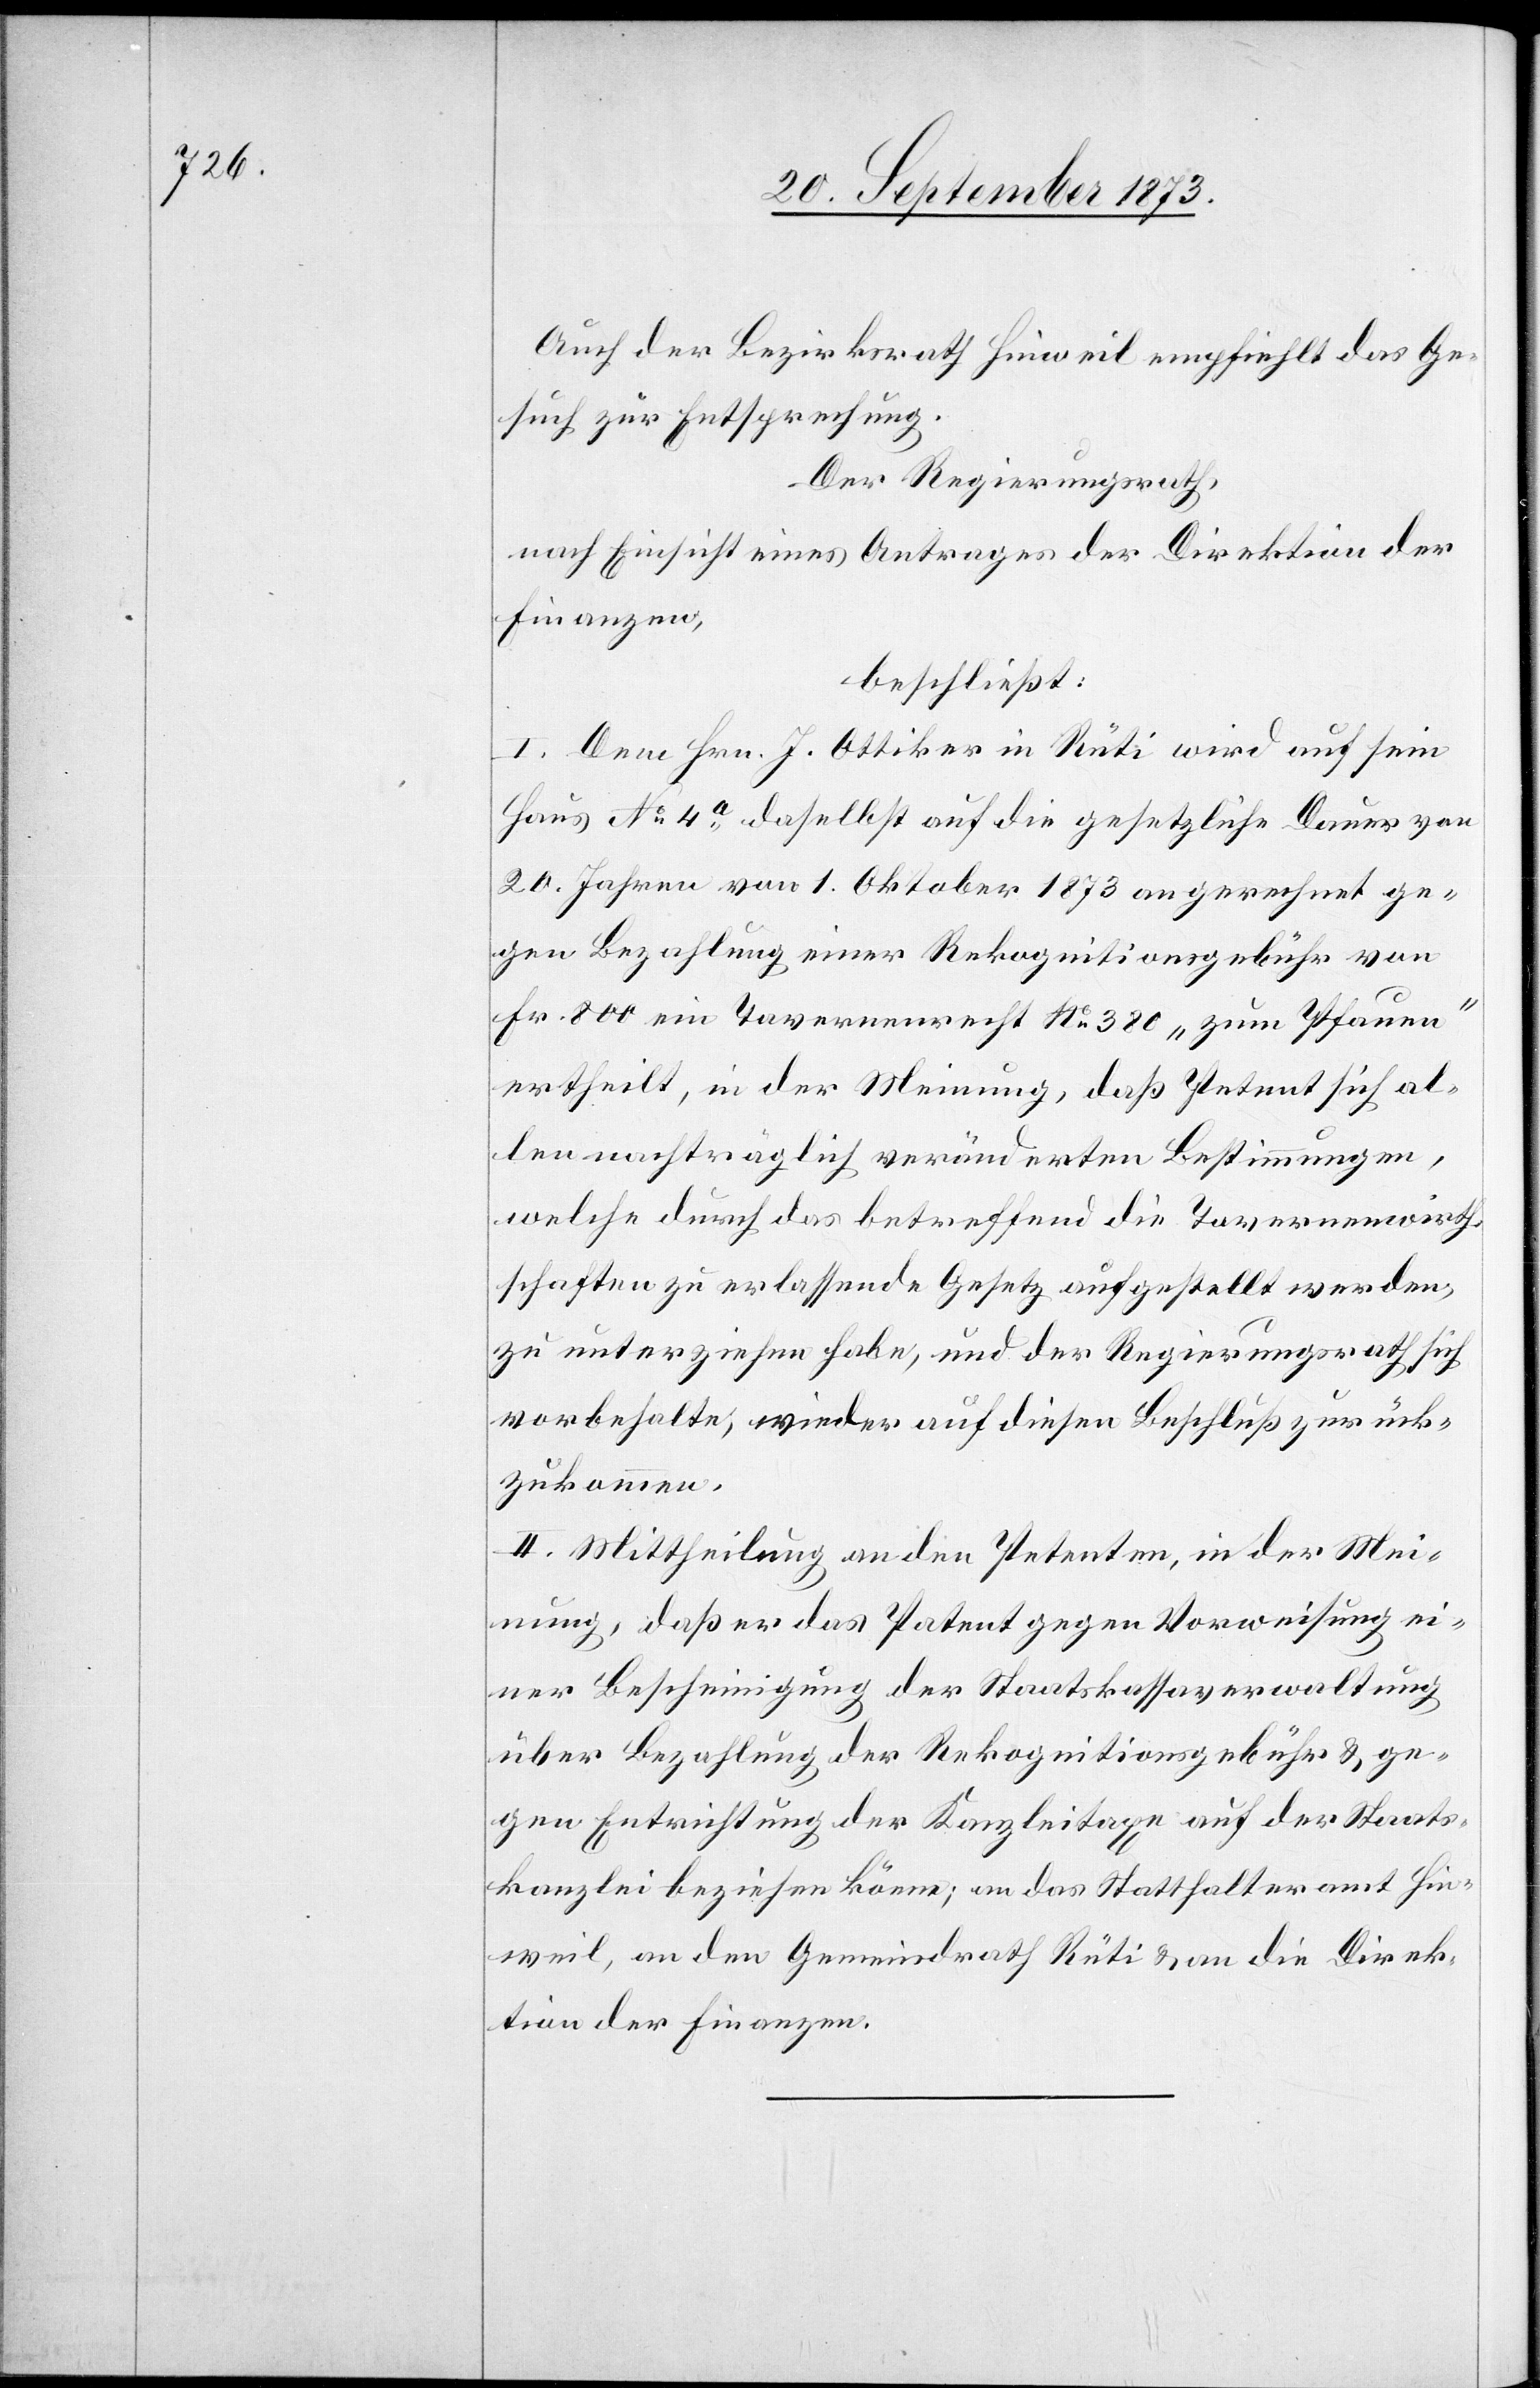
Auch der Bezirksrath Hinweil empfiehlt das Ge¬
such zur Entsprechung.
Der Regierungsrath,
nach Einsicht eines Antrages der Direktion der
Finanzen,
beschließt:
I. Dem Hrn. J. Ottiker in Rüti wird auf sein
Haus No 4a daselbst auf die gesetzliche Dauer von
20. Jahren von 1. Oktober 1873 an gerechnet ge¬
gen Bezahlung einer Rekognitionsgebühr von
Fr. 800 ein Tavernenrecht No 380 „zum Pfauen“
ertheilt, in der Meinung, daß Petent sich al¬
len nachträglich veränderten Bestimmungen,
welche durch das betreffend die Tavernenwirth¬
schaften zu erlassende Gesetz aufgestellt werden,
zu unterziehen habe, und der Regierungsrath sich
vorbehalte, wieder auf diesen Beschluß zurück¬
zukommen.
II. Mittheilung an den Petenten, in der Mei¬
nung, daß er das Patent gegen Vorweisung ei¬
ner Bescheinigung der Staatskassaverwaltung
über Bezahlung der Rekognitionsgebühr & ge¬
gen Entrichtung der Kanzleitaxe auf der Staats¬
kanzlei beziehen könne; an das Statthalteramt Hin¬
weil, an den Gemeindrath Rüti & an die Direk¬
tion der Finanzen.